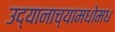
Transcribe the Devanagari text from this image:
उद्यानाच्यामधोमध